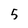
Character: 5